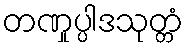
တဏှုပ္ပါဒသုတ္တံ